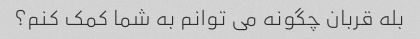
بله قربان چگونه می توانم به شما کمک کنم؟